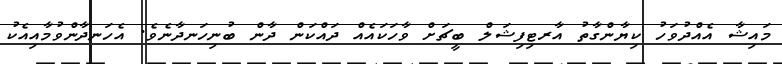
މައިޝާ އެއްދުވަހު ކިޔާންގާތު އާރޓިފިޝަލް ބީޗަށް ވާހަކައެއް ދައްކަން ދާން ބުނިހަނދާނެވެ. އެހަނދާންވުމާއިއެކު